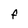
Character: F